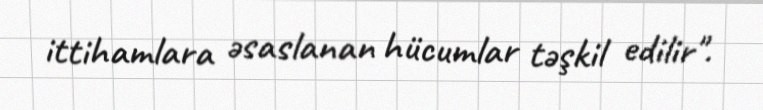
ittihamlara əsaslanan hücumlar təşkil edilir".